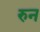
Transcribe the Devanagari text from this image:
रुन